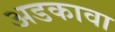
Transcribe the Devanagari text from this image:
अडकावा